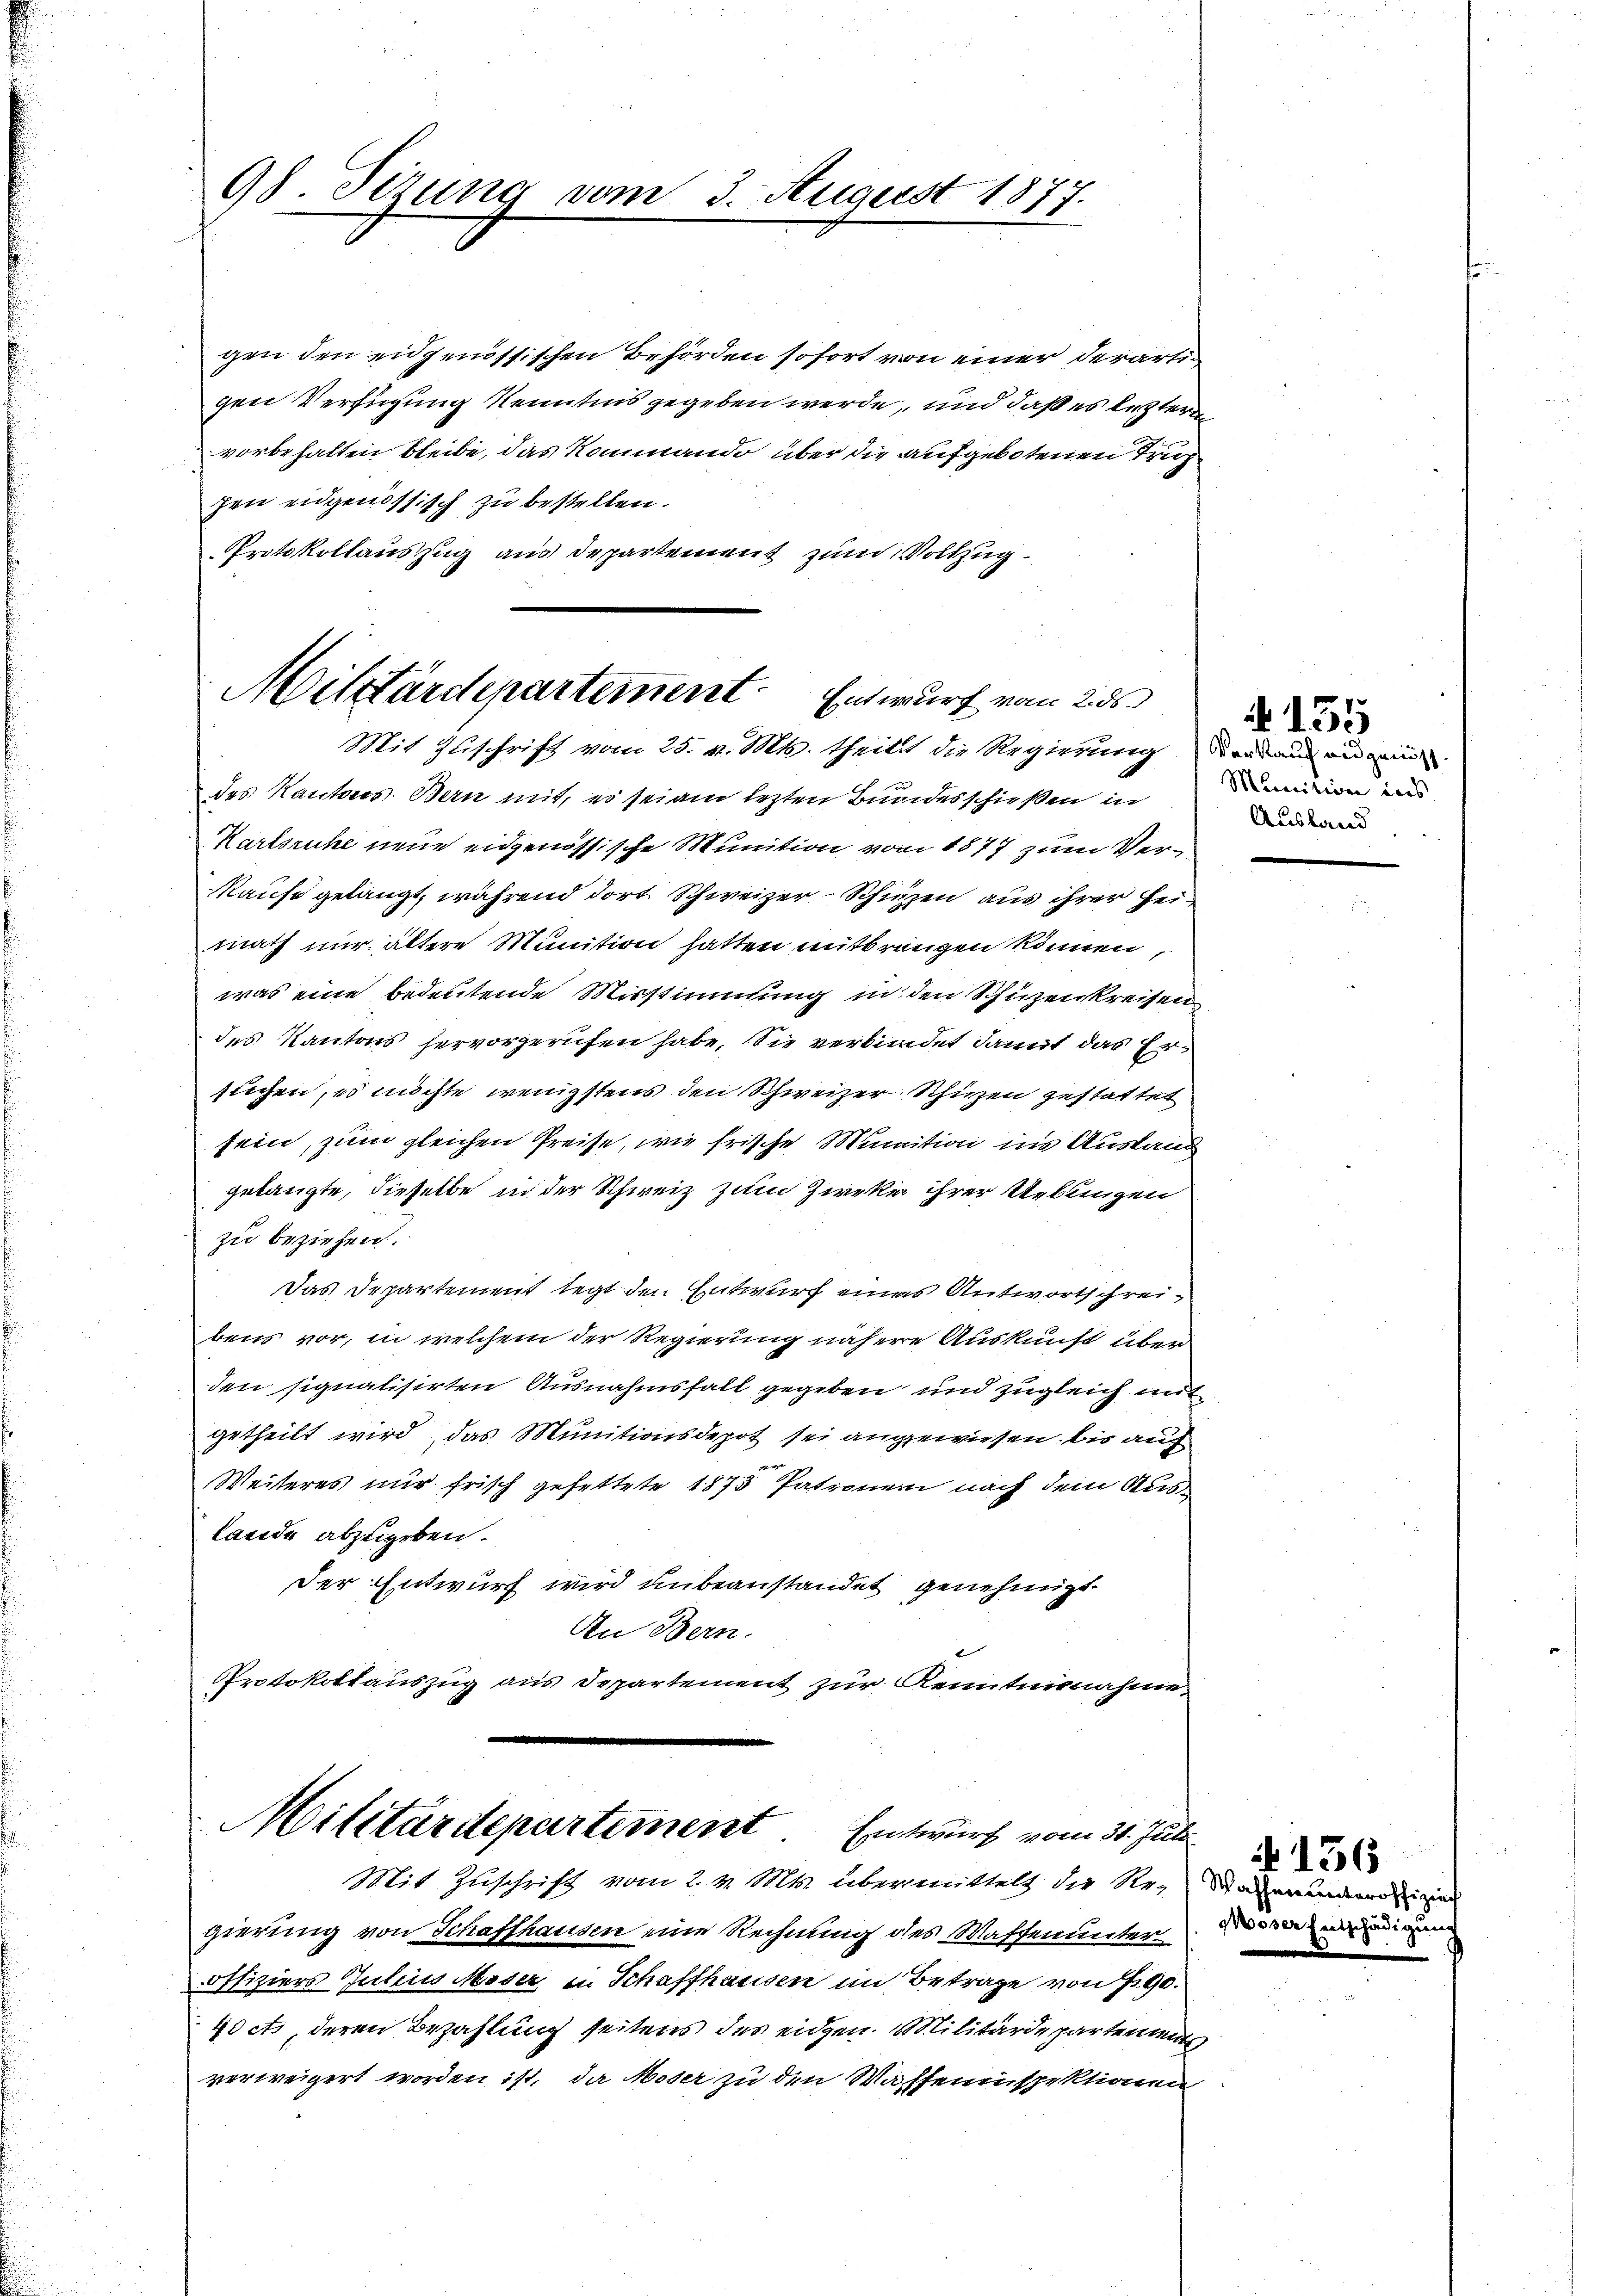
98 Sizung vom 3. August 1877.

gen den eidgenössischen Behörden sofort von einer derartigen Verfügung Kenntnis gegeben werde, und daß es leztere
vorbehalten bleibe, das Kommando über die aufgebotenen Trup
zen eidgenössisch zu bestellen.
Protokollauszug aus Departement zum Vollzug.

Militärdepartement. Entwurf vom 28s
Mit Zuschrift vom 25. v. Mts. theilst die Regierung der aus angen

Militärdepartement Entwurf vom 31. Juli
Mit Zuschrift vom 2. v. Mts. übermittelt die Re¬ Sagerung

des Kantons Bern mit, es sei am lezten Bundesschießen in
Karlsruhe neue eidgenössische Munition von 1877 zum Ver¬
Kaufe gelangt, während dort Schweizer-Schien aus ihrer Heimath nur ältere Munition hatten mitbrangen können
was eine bedeutende Misstimmung in den Schüzenkreisen
des Kantons hervorgerufen habe. Sie verbindet damit das Ersuchen, es möchte wenigstens den Schweizer Schuzen gestattet
frin, zum gleichen Preise, wie frische Munition ins Ausland
gelangte, dieselbe in der Schweiz zum Zweke ihrer Uebungen
zu beziehen.
Das Departement legt den Entwurf eines Antwortschreibens vor, in welchem der Regierung nähere Auskunft über
den signatisirten Ausnahmsfall gegeben und zugleich mit
getheilt wird, das Munitionsdepot sei angewiesen bis auch
Weiteres nur frisch gefettete 1875 Patronen nach dem Auslande abzugeben.
Der Entwurf wird unbeanstandet genehmigt.
An Bern.
Protokollauszug aus Departement zur Kenntnisnahme,

gierung von Schaffhausen eine Rechnung des Waffenunter die ein
offiziers Julius Moser in Schaffhausen im Betrage von S. 90.
40 cts, deren Bezahlung seitens des eidgen. Militärdepartements
verweigert worden ist, da Moser zu den Waffeninspektionen

155
Munition ins
Ausland

156